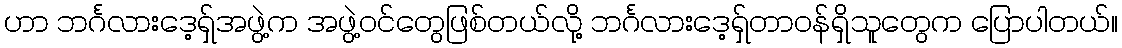
ဟာ ဘင်္ဂလားဒေ့ရှ်အဖွဲ့က အဖွဲ့ဝင်တွေဖြစ်တယ်လို့ ဘင်္ဂလားဒေ့ရှ်တာဝန်ရှိသူတွေက ပြောပါတယ်။